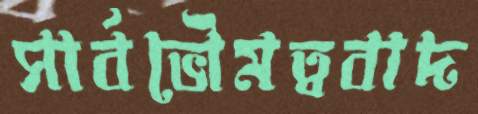
সার্বভৌমত্ববাদ